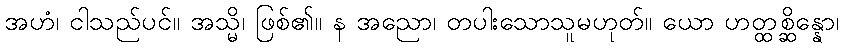
အဟံ၊ ငါသည်ပင်။ အသ္မိ၊ ဖြစ်၏။ န အညော၊ တပါးသောသူမဟုတ်။ ယော ဟတ္ထစ္ဆိန္နော၊